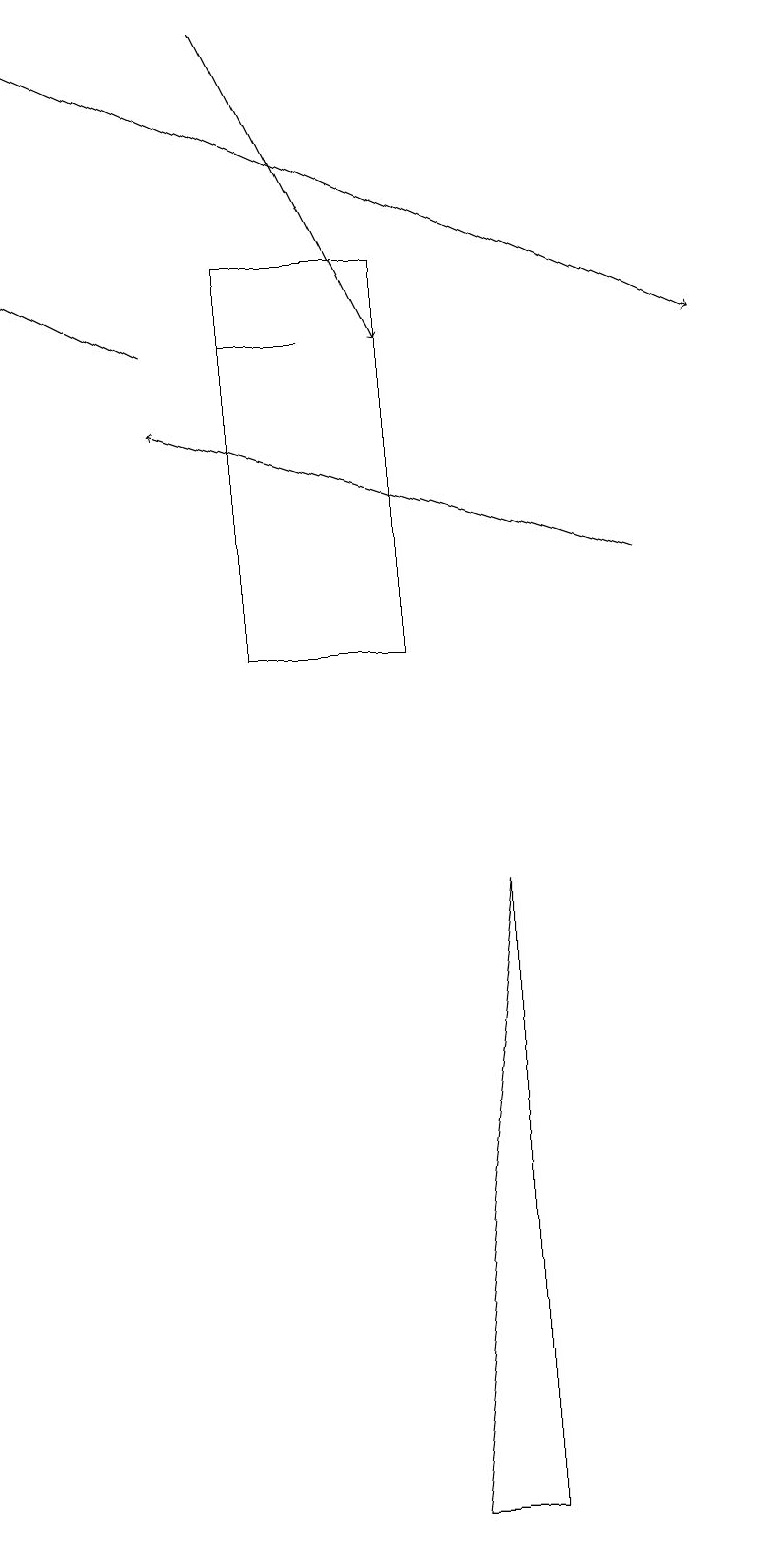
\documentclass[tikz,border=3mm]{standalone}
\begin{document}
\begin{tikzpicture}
\draw (6,8) -- (5,0) -- (6,0) -- cycle;
\draw (4,15) rectangle (3,15);
\draw[->] (8,12) -- (2,14);
\draw (5,16) rectangle (3,11);
\draw[->] (2,15) -- (0,16);
\draw[->] (3,19) -- (5,15);
\draw[->] (0,19) -- (9,15);
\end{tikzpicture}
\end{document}